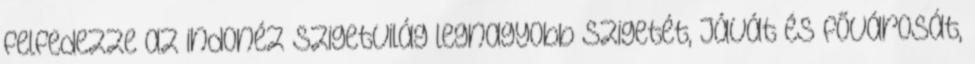
felfedezze az indonéz szigetvilág legnagyobb szigetét, Jávát és fővárosát,